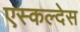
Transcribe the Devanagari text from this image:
एस्कल्देस